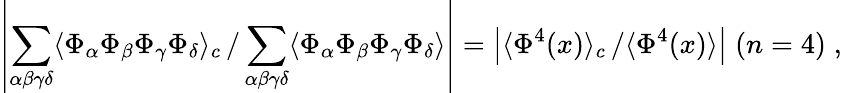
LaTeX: \left|\sum_{\alpha\beta\gamma\delta}\langle\Phi_{\alpha}\Phi_{\beta}\Phi_{\gamma}\Phi_{\delta}\rangle_{c}\left.\right/\sum_{\alpha\beta\gamma\delta}\langle\Phi_{\alpha}\Phi_{\beta}\Phi_{\gamma}\Phi_{\delta}\rangle\right|=\left|\langle\Phi^{4}(x)\rangle_{c}\left.\right/\langle\Phi^{4}(x)\rangle\right|\; (n=4)\; ,